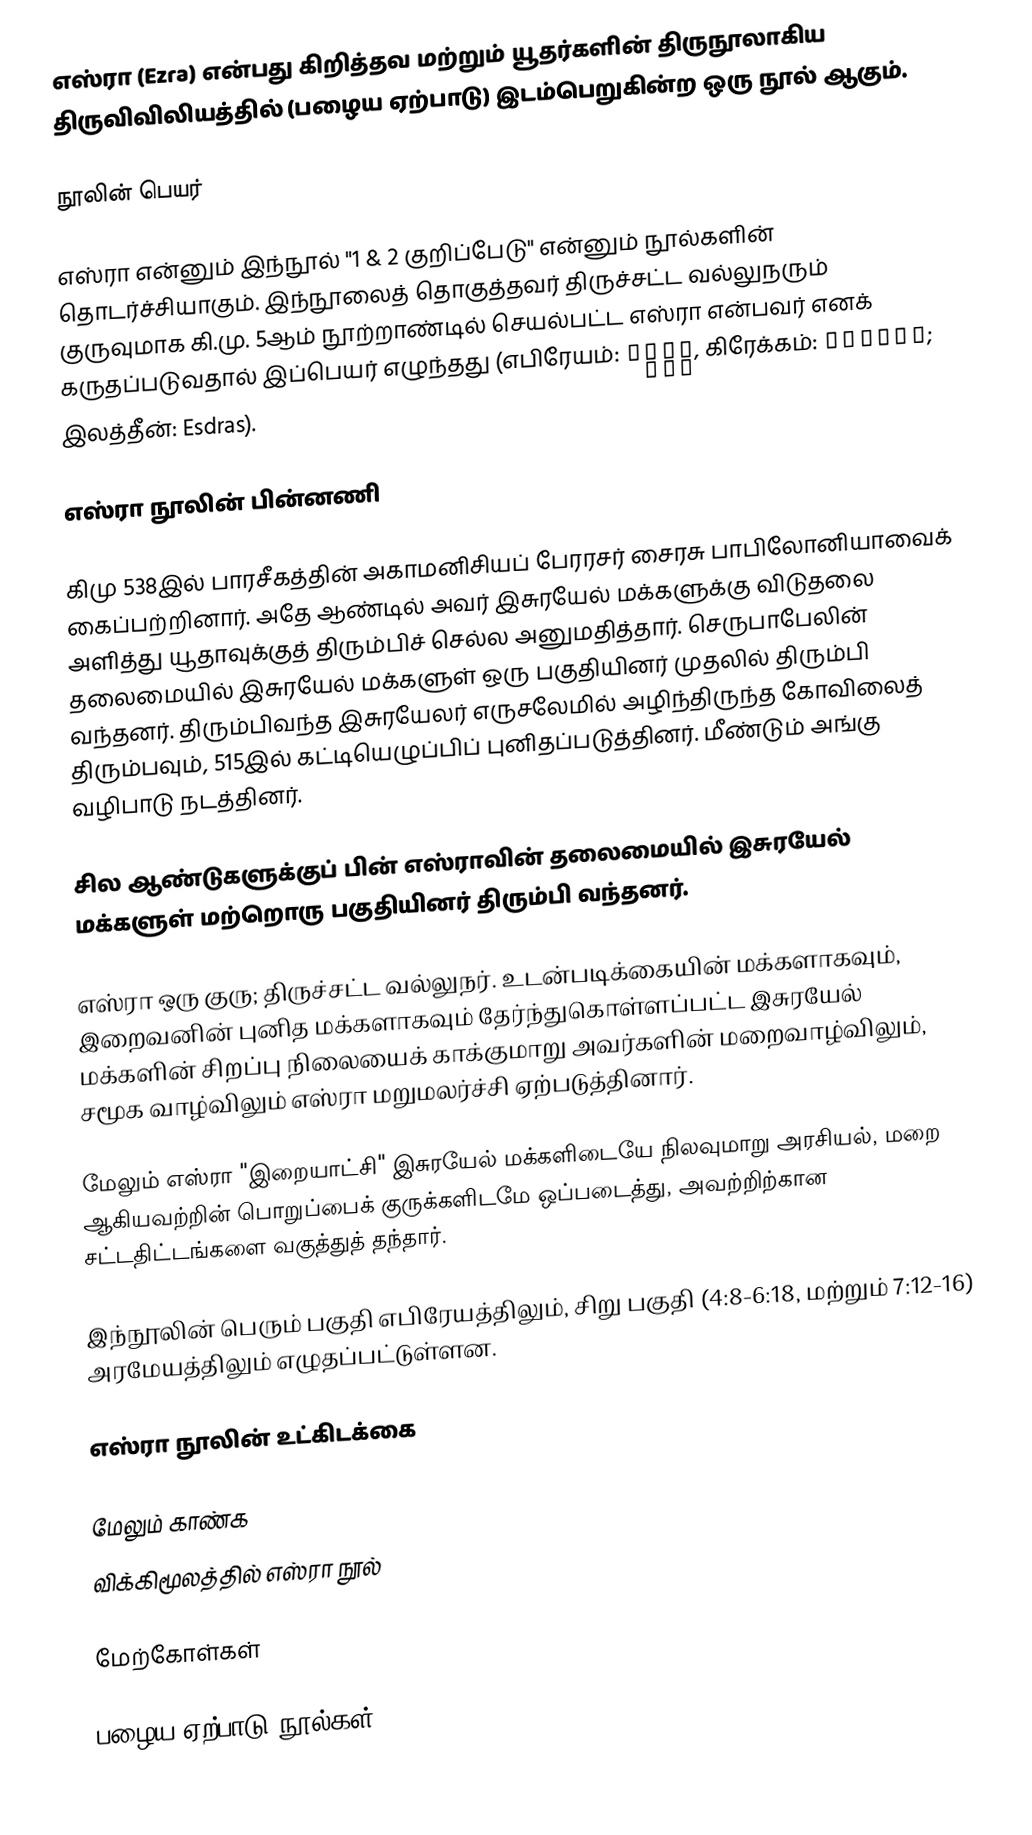
எஸ்ரா (Ezra) என்பது கிறித்தவ மற்றும் யூதர்களின் திருநூலாகிய திருவிவிலியத்தில் (பழைய ஏற்பாடு) இடம்பெறுகின்ற ஒரு நூல் ஆகும்.

நூலின் பெயர்

எஸ்ரா என்னும் இந்நூல் "1 & 2 குறிப்பேடு" என்னும் நூல்களின் தொடர்ச்சியாகும். இந்நூலைத் தொகுத்தவர் திருச்சட்ட வல்லுநரும் குருவுமாக கி.மு. 5ஆம் நூற்றாண்டில் செயல்பட்ட எஸ்ரா என்பவர் எனக்  கருதப்படுவதால் இப்பெயர் எழுந்தது (எபிரேயம்:  עֶזְרָא, கிரேக்கம்: Ἔσδρας; இலத்தீன்: Esdras).

எஸ்ரா நூலின் பின்னணி

கிமு 538இல் பாரசீகத்தின் அகாமனிசியப் பேரரசர் சைரசு பாபிலோனியாவைக் கைப்பற்றினார். அதே ஆண்டில் அவர் இசுரயேல் மக்களுக்கு விடுதலை அளித்து யூதாவுக்குத் திரும்பிச் செல்ல அனுமதித்தார். செருபாபேலின் தலைமையில் இசுரயேல் மக்களுள் ஒரு பகுதியினர் முதலில் திரும்பி வந்தனர். திரும்பிவந்த இசுரயேலர் எருசலேமில் அழிந்திருந்த கோவிலைத் திரும்பவும், 515இல் கட்டியெழுப்பிப் புனிதப்படுத்தினர். மீண்டும் அங்கு வழிபாடு நடத்தினர்.

சில ஆண்டுகளுக்குப் பின் எஸ்ராவின் தலைமையில் இசுரயேல் மக்களுள் மற்றொரு பகுதியினர் திரும்பி வந்தனர்.

எஸ்ரா ஒரு குரு; திருச்சட்ட வல்லுநர். உடன்படிக்கையின் மக்களாகவும், இறைவனின் புனித மக்களாகவும் தேர்ந்துகொள்ளப்பட்ட இசுரயேல் மக்களின் சிறப்பு நிலையைக் காக்குமாறு அவர்களின் மறைவாழ்விலும், சமூக வாழ்விலும் எஸ்ரா மறுமலர்ச்சி ஏற்படுத்தினார்.

மேலும் எஸ்ரா "இறையாட்சி" இசுரயேல் மக்களிடையே நிலவுமாறு அரசியல், மறை ஆகியவற்றின் பொறுப்பைக் குருக்களிடமே ஒப்படைத்து, அவற்றிற்கான சட்டதிட்டங்களை வகுத்துத் தந்தார்.

இந்நூலின் பெரும் பகுதி எபிரேயத்திலும், சிறு பகுதி (4:8-6:18, மற்றும் 7:12-16) அரமேயத்திலும் எழுதப்பட்டுள்ளன.

எஸ்ரா நூலின் உட்கிடக்கை

மேலும் காண்க
விக்கிமூலத்தில் எஸ்ரா நூல்

மேற்கோள்கள்

பழைய ஏற்பாடு நூல்கள்